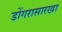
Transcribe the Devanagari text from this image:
डोंगरासारखा